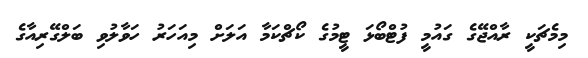
މިމެޗަކީ ރާއްޖޭގެ ގައުމީ ފުޓްބޯޅަ ޓީމުގެ ކޯޗްކަމާ އަލަށް މިއަހަރު ހަވާލުވި ބަލްގޭރިއާގެ